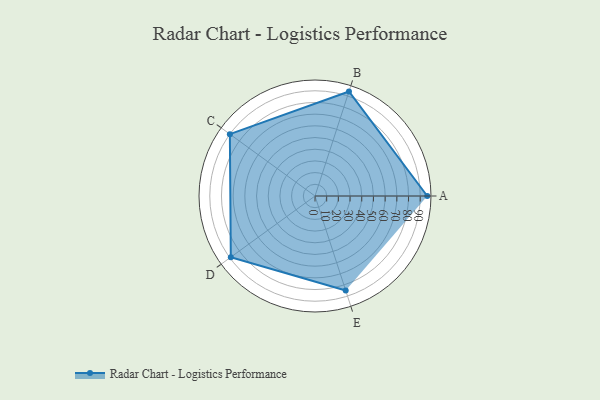
{"axis": {"x": "Skill", "y": "Score"}, "legend": ["Profile"], "data": [{"x": "A", "y": 96.0, "type": "Profile"}, {"x": "B", "y": 94.0, "type": "Profile"}, {"x": "C", "y": 90.0, "type": "Profile"}, {"x": "D", "y": 89.0, "type": "Profile"}, {"x": "E", "y": 85.0, "type": "Profile"}]}